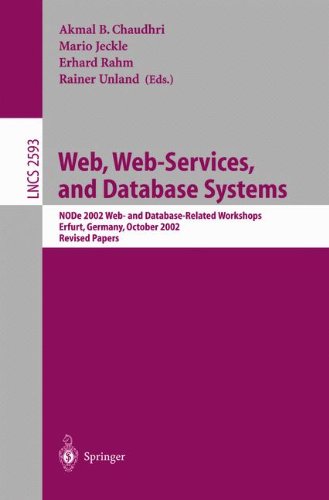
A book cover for Web, Web-Services, and Database Systems: NODe 2002 Web and Database-Related Workshops, Erfurt, Germany, October 7-10, 2002, Revised Papers (Lecture Notes in Computer Science); Computers & Technology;